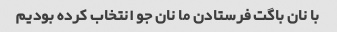
با نان باگت فرستادن ما نان جو انتخاب کرده بودیم